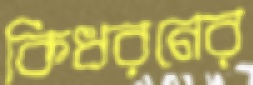
কিধরনের